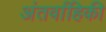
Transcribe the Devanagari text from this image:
अंतर्वाहिकी